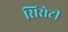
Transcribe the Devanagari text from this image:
सिरोटी